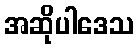
အဆိုပါဒေသ